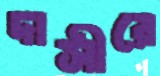
দাসীরে